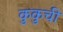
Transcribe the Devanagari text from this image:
कुकुची